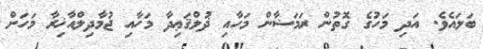
ބަލައެވެ. އަދި މަހުގެ ގޮތުން ރަމަޟާން މަހާއި ޛުލްޤަޢިދާ މަހާއި ޖުމާދިލްއާޚިރާ މަހަށް